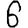
Digit: 6